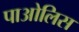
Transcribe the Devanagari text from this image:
पाओलिस